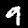
Digit: 9